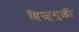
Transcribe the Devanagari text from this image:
हिजुगुड़ी